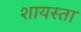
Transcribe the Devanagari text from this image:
शायस्ता